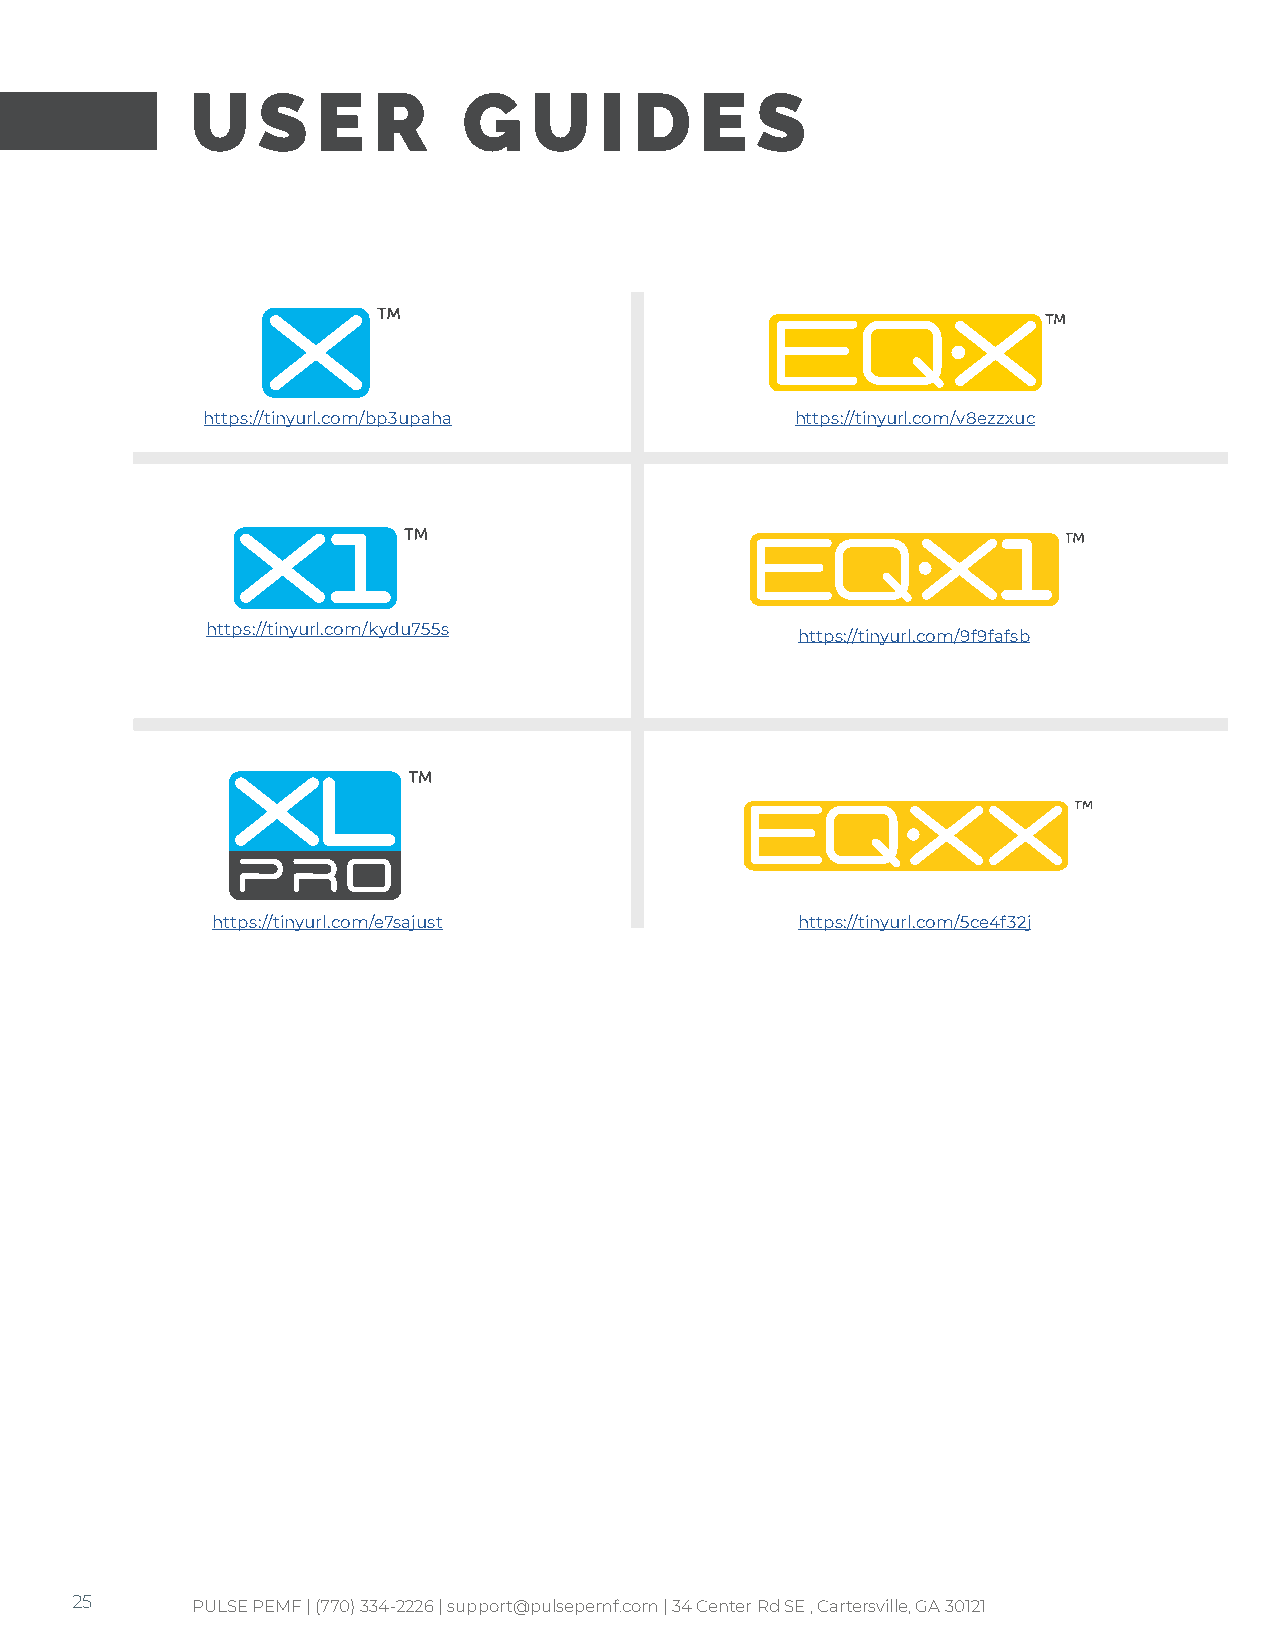
U   S   E   R     G   U    I D   E   S
 https://tinyurl.com/bp3upaha            https://tinyurl.com/v8ezzxuc
 https://tinyurl.com/kydu755s
 https://tinyurl.com/9f9fafsb
 https://tinyurl.com/e7sajust           https://tinyurl.com/5ce4f32j
 25      PULSE PEMF | (770) 334-2226 | support@pulsepemf.com | 34 Center Rd SE , Cartersville, GA 30121